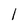
Character: 1